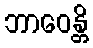
ဘာဝေန္တိ